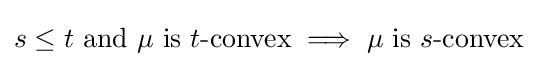
s\leq t{\text{ and }}\mu {\text{ is }}t{\text{-convex}}\implies \mu {\text{ is }}s{\text{-convex}}